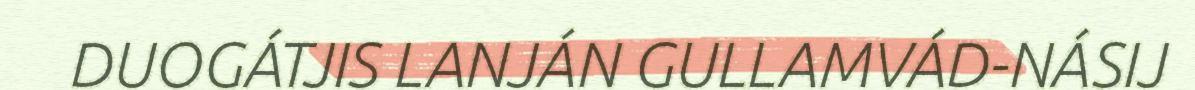
DUOGÁTJIS LANJÁN GULLAMVÁD-NÁSIJ